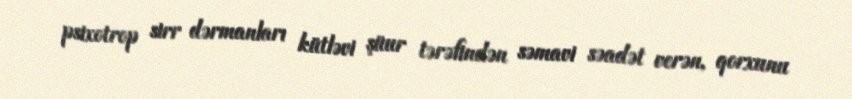
psixotrop sirr dərmanları kütləvi şüur tərəfindən səmavi səadət verən, qorxunu